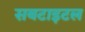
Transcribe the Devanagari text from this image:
सबटाइटल